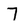
Character: 7